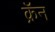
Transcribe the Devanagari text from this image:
क्रॅन